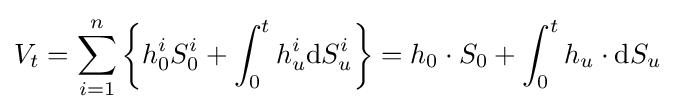
V_{t}=\sum _{i=1}^{n}\left\{h_{0}^{i}S_{0}^{i}+\int _{0}^{t}h_{u}^{i}\mathrm {d} S_{u}^{i}\right\}=h_{0}\cdot S_{0}+\int _{0}^{t}h_{u}\cdot \mathrm {d} S_{u}